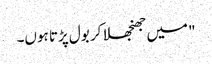
" میں جھنجھلا کر بول پڑتا ہوں۔